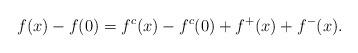
LaTeX: \begin{align*}f(x)-f(0)=f^c(x)-f^c(0)+f^+(x)+f^-(x). \end{align*}